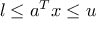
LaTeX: l \leq a ^ { T } x \leq u